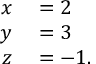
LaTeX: \begin{array} { r l } { x } & { { } = 2 } \\ { y } & { { } = 3 } \\ { z } & { { } = - 1 . } \end{array}